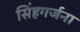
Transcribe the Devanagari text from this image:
सिंहगर्जना